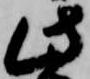
此